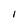
Character: 1